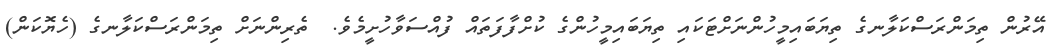
އޭރުން ތިމަންރަސްކަލާނގެ ތިޔަބައިމީހުންނަށްޓަކައި ތިޔަބައިމީހުންގެ ކުށްފާފަތައް ފުއްސަވާހުށީމެވެ.  ތެރިންނަށް ތިމަންރަސްކަލާނގެ (ހެޔޮކަން)